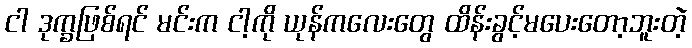
ငါ ဒုက္ခဖြစ်ရင် မင်းက ငါ့ကို ယုန်ကလေးတွေ ထိန်းခွင့်မပေးတော့ဘူးတဲ့